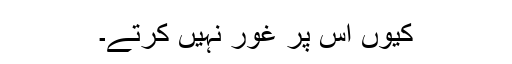
کیوں اس پر غور نہیں کرتے۔